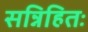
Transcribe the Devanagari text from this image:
सन्निहितः